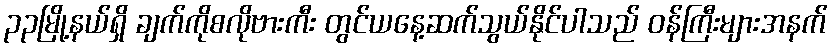
၃၃မြို့နယ်ရှိ ချက်ကိုစလိုဗားကီး တွင်ယနေ့ဆက်သွယ်နိုင်ပါသည် ဝန်ကြီးများအနက်